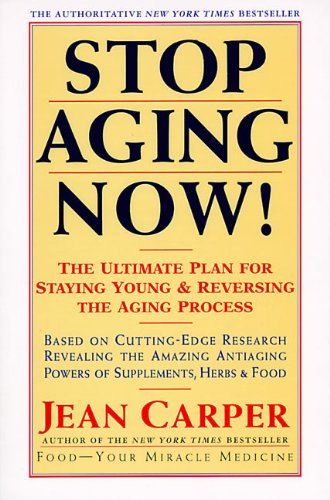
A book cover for Stop Aging Now!: Ultimate Plan for Staying Young and Reversing the Aging Process, The; Jean Carper; Health, Fitness & Dieting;